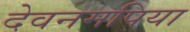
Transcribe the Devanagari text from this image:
देवनमपिया